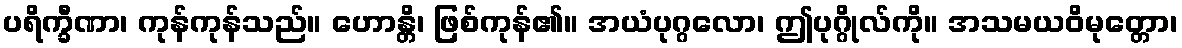
ပရိက္ခီဏာ၊ ကုန်ကုန်သည်။ ဟောန္တိ၊ ဖြစ်ကုန်၏။ အယံပုဂ္ဂလော၊ ဤပုဂ္ဂိုလ်ကို။ အသမယဝိမုတ္တော၊